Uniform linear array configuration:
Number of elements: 64
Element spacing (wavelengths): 0.5
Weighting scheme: kaiser
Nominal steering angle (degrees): -60
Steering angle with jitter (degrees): -59.449
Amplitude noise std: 0.05
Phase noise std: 0.05

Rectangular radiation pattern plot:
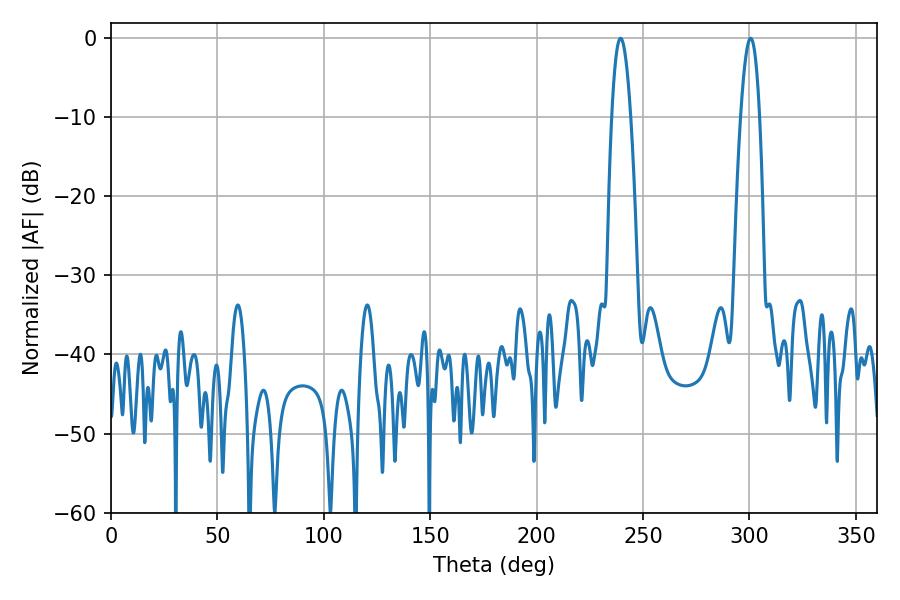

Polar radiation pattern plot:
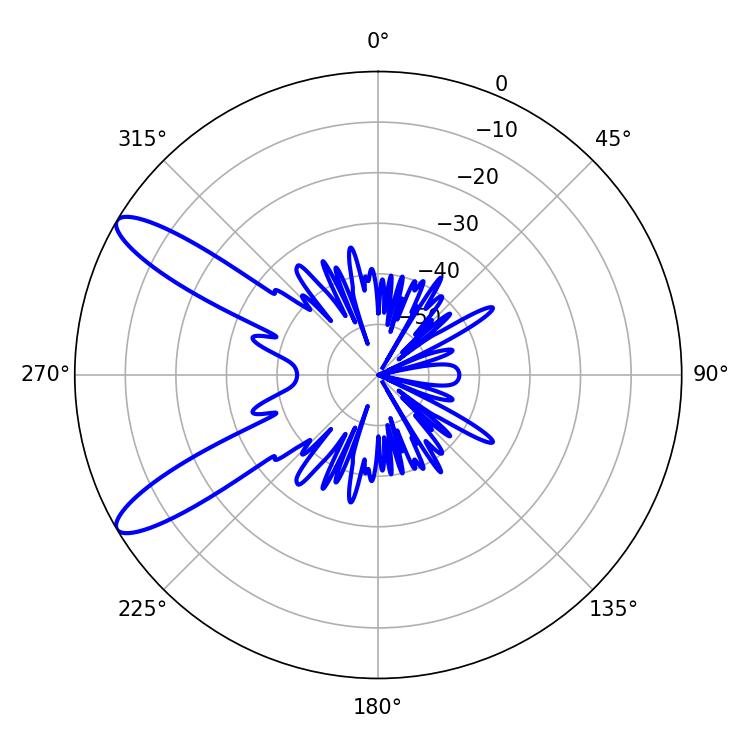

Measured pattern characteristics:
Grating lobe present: FALSE
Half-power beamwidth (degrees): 4.86
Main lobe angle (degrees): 239.4